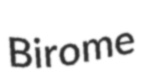
Birome